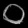
Digit: ၀